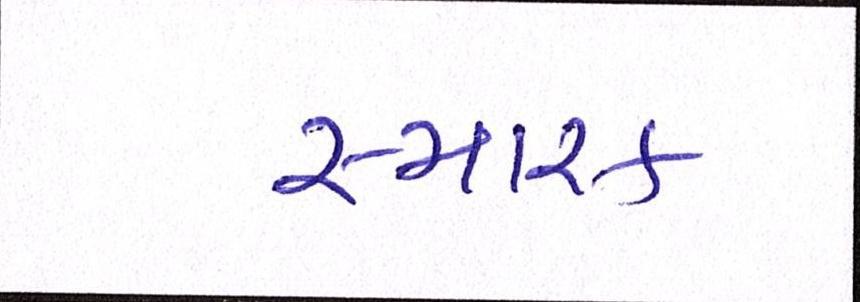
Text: સ્મારક